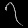
Digit: ၇